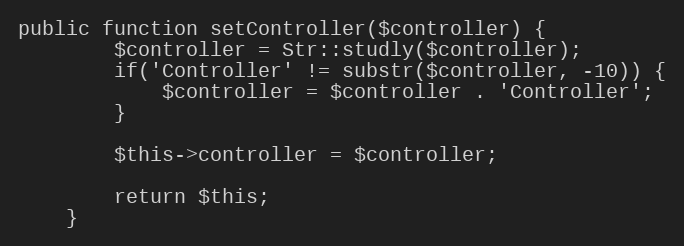
Language: PHP
public function setController($controller) {
        $controller = Str::studly($controller);
        if('Controller' != substr($controller, -10)) {
            $controller = $controller . 'Controller';
        }

        $this->controller = $controller;

        return $this;
    }